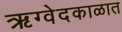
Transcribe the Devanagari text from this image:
ऋग्वेदकाळात